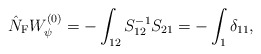
\begin{align*} \hat{N}_{\rm F}W_{\psi}^{(0)}=-\int_{12}S^{-1}_{12}S_{21}=-\int_1\delta_{11},\end{align*}